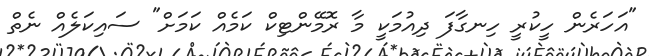
"އަހަރެން ހީކުރީ ހިނގާފަ ދިއުމަކީ މާ ރޮމޭންޓިކް ކަމެއް ކަމަށް" ސައިކަލެއް ނެތް